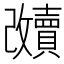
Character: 𲂶